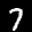
Label: 7